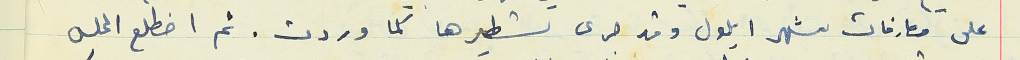
على مصارفات شهر أيلول وقد جرى تسطيرها كما وردت. ثم اضطلع المحلس